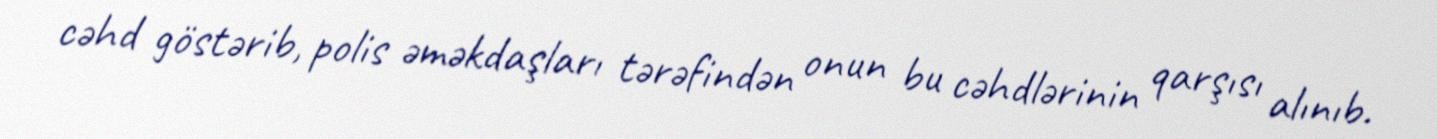
cəhd göstərib, polis əməkdaşları tərəfindən onun bu cəhdlərinin qarşısı alınıb.